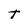
Character: T